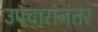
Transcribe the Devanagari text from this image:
उपचारांनंतर